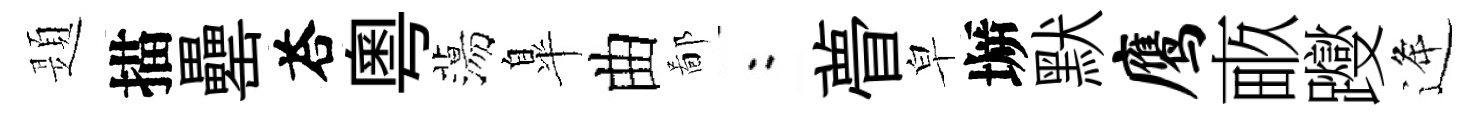
題描罍荅粤蕩臯曲鄙欸瞢皁󶱲默鹰畞躞逄